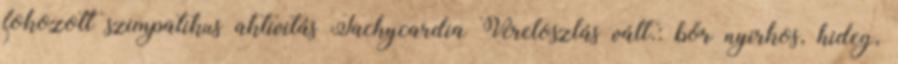
fokozott szimpatikus aktivitás Tachycardia Véreloszlás vált.: bőr nyirkos, hideg,